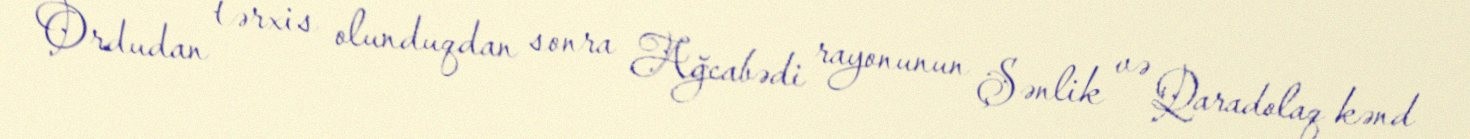
Ordudan tərxis olunduqdan sonra Ağcabədi rayonunun Şənlik və Qaradolaq kənd